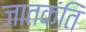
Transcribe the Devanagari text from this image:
जातकंति